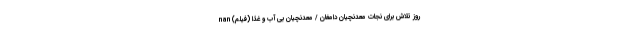
روز تلاش برای نجات معدنچیان دامغان / معدنچیان بی آب و غذا (فیلم) nan